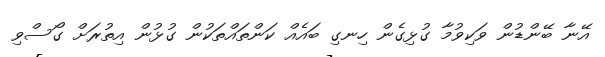
އޭނާ ބޭންޑުން ވަކިވުމާ ގުޅިގެން ހިނގި ބައެއް ކަންތައްތަކުން ގުޅުން އިތުރަށް ގޯސްވި